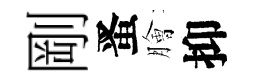
剛󱉠膾抑